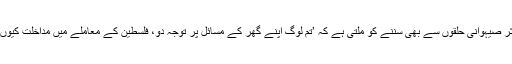
یہی بات اکثر صیہوانی حلقوں سے بھی سننے کو ملتی ہے کہ ’تم لوگ اپنے گھر کے مسائل پر توجہ دو، فلسطین کے معاملے میں مداخلت کیوں کرتے ہو‘۔